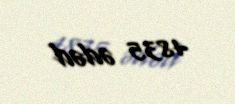
4835 ədəd